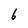
Character: 6